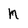
Character: M